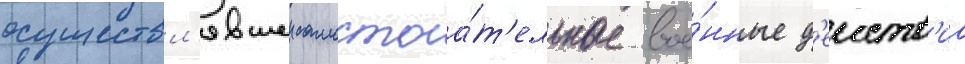
осуществл'явшеи самостоа́т'ельные вое́нные д'еиств'иа